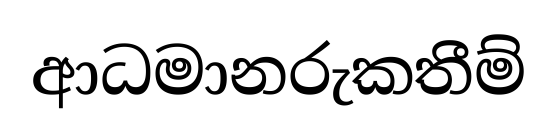
ආධමානරුකතීම්